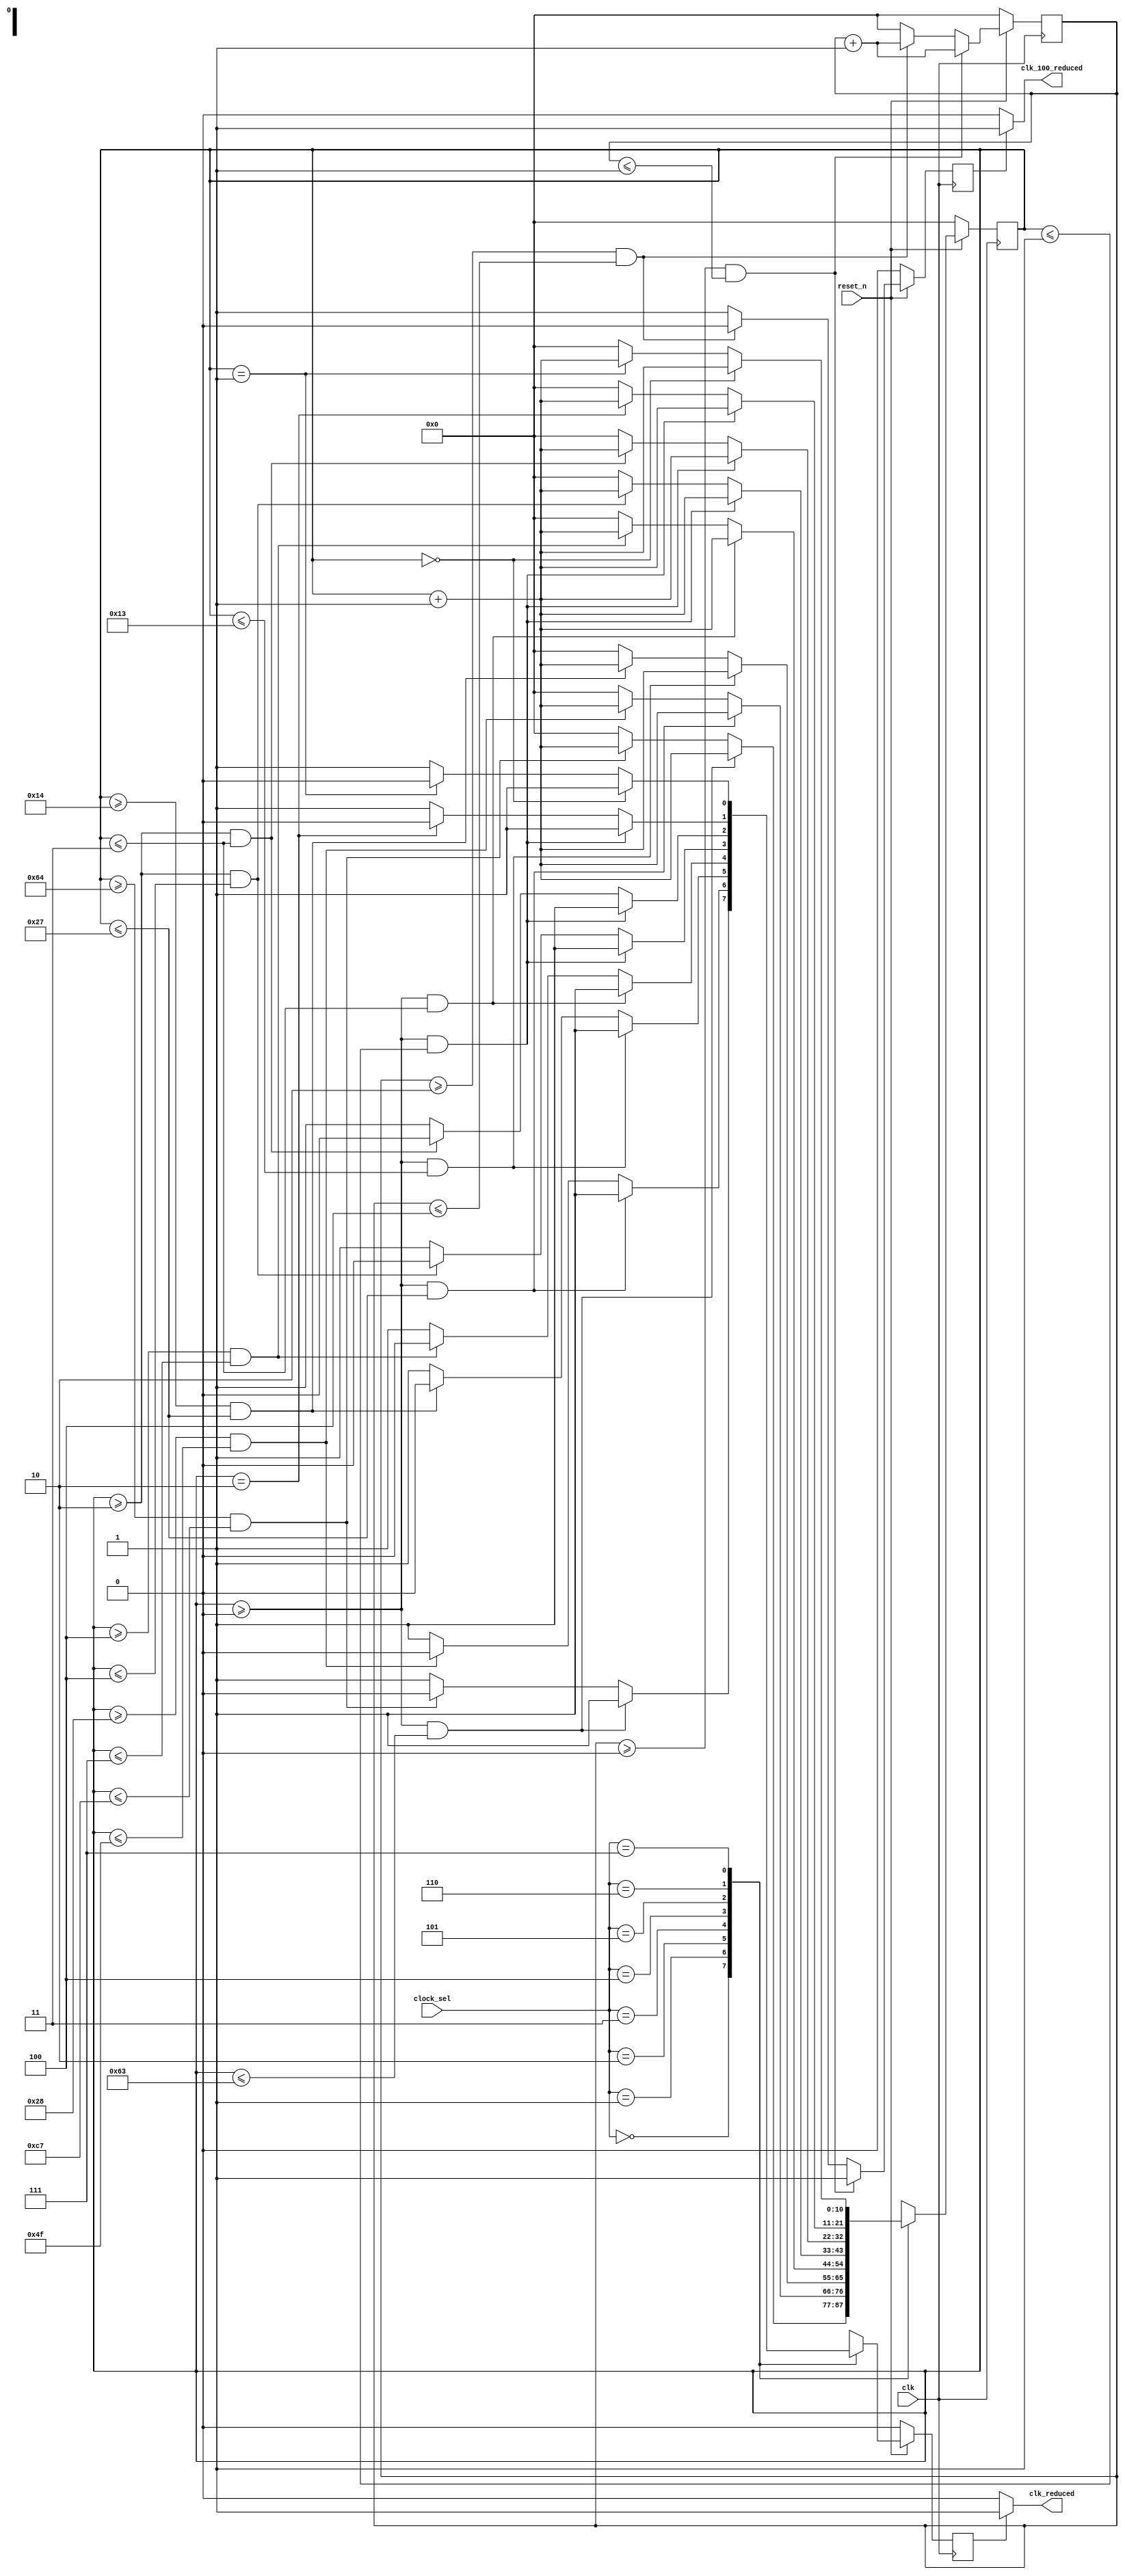
module clock_reduce(
			input clk,
			input reset_n,
			input [2:0] clock_sel,

			output  clk_reduced,
			output  clk_100_reduced
			
		   );


reg [10:0] counter;
reg [10:0] counter_100;

assign clk_reduced     = clk_reduced_p | clk_reduced_n;
assign clk_100_reduced = clk_100_reduced_p | clk_100_reduced_n;


reg clk_reduced_i;
reg clk_100_reduced_i;


reg clk_reduced_p;
reg clk_100_reduced_p;

reg clk_reduced_n;
reg clk_100_reduced_n;

always@(*)
begin

	clk_reduced_p = 1'b0;
	
	if(clk_reduced_i)
	begin
		clk_reduced_p = 1'b1;
	end
	
end


always@(*)
begin

	clk_reduced_n = 1'b1;
	
	if(!clk_reduced_i)
	begin
		clk_reduced_n = 1'b0;
	end
	
end

always@(*)
begin

	clk_100_reduced_p = 1'b0;
	
	if(clk_100_reduced_i)
	begin
		clk_100_reduced_p = 1'b1;
	end
	
end


always@(*)
begin

	clk_100_reduced_n = 1'b1;
	
	if(!clk_100_reduced_i)
	begin
		clk_100_reduced_n = 1'b0;
	end
	
end

always@(posedge clk)
begin

	if(!reset_n)
	begin

		counter <= 11'd0;
		counter_100 <= 11'd0;
		clk_reduced_i <= 1'b0;
		clk_100_reduced_i <= 1'b0;
	end
	else
	begin
	
	
		case(clock_sel)
		3'd0://2mhz - 500 ns
		begin
			if(counter >=11'd0 && counter <=11'd99 )
			begin
				clk_reduced_i <= 1'b1;
				counter <= counter + 11'd1;
			end
			else if(counter >=11'd100 && counter <=11'd199 )
			begin
				clk_reduced_i <= 1'b0;
				counter <= counter + 11'd1;
			end
			else
			begin
				clk_reduced_i <= 1'b1;
				counter <= 11'd0;
			end
		end
		3'd1://5mhz
		begin
				
			if(counter >=11'd0 && counter <=11'd39 )
			begin
				clk_reduced_i <= 1'b1;
				counter <= counter + 11'd1;
			end
			else if(counter >=11'd40 && counter <=11'd79 )
			begin
				clk_reduced_i <= 1'b0;
				counter <= counter + 11'd1;
			end
			else
			begin
				clk_reduced_i <= 1'b1;
				counter <= 11'd0;
			end
		end
		3'd2://10mhz
		begin
			if(counter >=11'd0 && counter <=11'd19 )
			begin
				clk_reduced_i <= 1'b1;
				counter <= counter + 11'd1;
			end
			else if(counter >=11'd20 && counter <=11'd39 )
			begin
				clk_reduced_i <= 1'b0;
				counter <= counter + 11'd1;
			end
			else
			begin
				clk_reduced_i <= 1'b1;
				counter <= 11'd0;
			end
		end
		3'd3://50mhz
		begin
			if(counter >=11'd0 && counter <=11'd3 )
			begin
				clk_reduced_i <= 1'b1;
				counter <= counter + 11'd1;
			end
			else if(counter >=11'd4 && counter <=11'd7)
			begin
				clk_reduced_i <= 1'b0;
				counter <= counter + 11'd1;
			end
			else
			begin
				clk_reduced_i <= 1'b1;
				counter <= 11'd0;
			end
		end
		3'd4://100mhz
		begin
			if(counter >=11'd0 && counter <=11'd1 )
			begin
				clk_reduced_i <= 1'b1;
				counter <= counter + 11'd1;
			end
			else if(counter >=11'd2 && counter <=11'd4)
			begin
				clk_reduced_i <= 1'b0;
				counter <= counter + 11'd1;
			end
			else
			begin
				clk_reduced_i <= 1'b1;
				counter <= 11'd0;
			end
		end
		3'd5://150mhz
		begin
			if(counter >=11'd0 && counter <=11'd1 )
			begin
				clk_reduced_i <= 1'b1;
				counter <= counter + 11'd1;
			end
			else if(counter >=11'd2 && counter <=11'd3)
			begin
				clk_reduced_i <= 1'b0;
				counter <= counter + 11'd1;
			end
			else
			begin
				clk_reduced_i <= 1'b1;
				counter <= 11'd0;
			end
		end
		3'd6://200mhz
		begin
			if(counter >=11'd0 && counter <=11'd1 )
			begin
				clk_reduced_i <= 1'b1;
				counter <= counter + 11'd1;
			end
			else if(counter == 11'd2)
			begin
				clk_reduced_i <= 1'b0;
				counter <= counter + 11'd1;
			end
			else
			begin
				clk_reduced_i <= 1'b1;
				counter <= 11'd0;
			end
		end
		3'd7://300mhz
		begin
			if(counter ==11'd0 )
			begin
				clk_reduced_i <= 1'b1;
				counter <= counter + 11'd1;
			end
			else if(counter ==11'd1)
			begin
				clk_reduced_i <= 1'b0;
				counter <= counter + 11'd1;
			end
			else
			begin
				clk_reduced_i <= 1'b1;
				counter <= 11'd0;
			end
		end
		endcase
		
		if(counter_100 >=11'd0 && counter_100 <=11'd1 )
		begin
			clk_100_reduced_i <= 1'b1;
			counter_100 <= counter_100 + 11'd1;
		end
		else if(counter_100 >=11'd2 && counter_100 <=11'd4)
		begin
			clk_100_reduced_i <= 1'b0;
			counter_100 <= counter_100 + 11'd1;
		end
		else
		begin
			clk_100_reduced_i <= 1'b1;
			counter_100 <= 11'd0;
		end
		
	end

end

endmodule